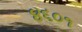
૪૬૦૧